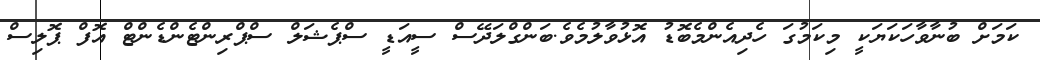
ކަމަށް ބުނާވާހަކަޔަކީ މިކަމުގަ ހެދިއެންމެބޮޑު އޮޅުވާލުމެވެ.ބަންގްލަދޭސް ސީއަޑީ ސްޕެޝަލް ސްޕްރިންޓެންޑެންޓް އޮފް ޕޮލިސް